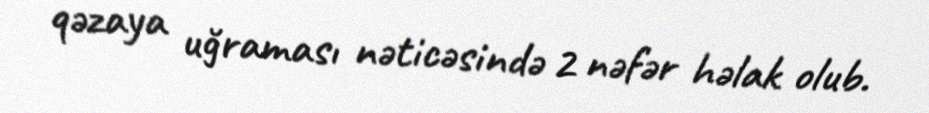
qəzaya uğraması nəticəsində 2 nəfər həlak olub.